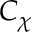
C _ { \chi }